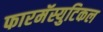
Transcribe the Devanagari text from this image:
फारमॅस्युटिकल